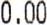
0.00